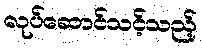
လုပ်ဆောင်သင့်သည့်